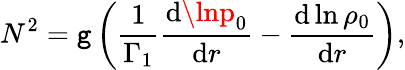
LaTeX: N^{2}=\mathtt{g}\left(\frac{{1}}{{\Gamma_{1}}}\frac{{\mathrm{{d}}\lnp_{0}}}{{\mathrm{{d}}r}}-\frac{{\mathrm{{d}}\ln\rho_{0}}}{{\mathrm{{d}}r}}\right),